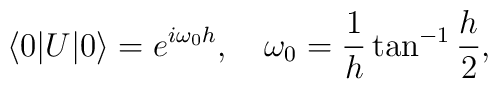
\langle 0|U|0\rangle=e^{i\omega_0h},\quad \omega_0={1\over h}\tan^{-1}{h\over2},